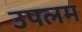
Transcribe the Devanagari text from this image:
उपलम